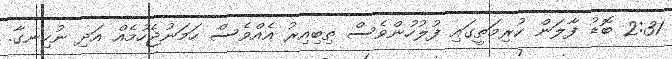
2:31 ބޮޑު ފާލަން ކުރިމަތީގައި ފުލުހުންވެސް ތިބިއިރު އެއްވެސް ހަމަނުޖެހުމެއް އަދި ނުހިނގާ.